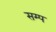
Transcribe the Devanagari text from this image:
सम्प